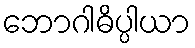
ဘောဂါဓိပ္ပါယာ